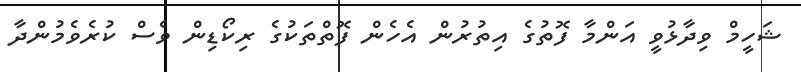
ޝަހީމް ވިދާޅުވީ އަންމާ ފޮތުގެ އިތުރުން އެހެން ފޮތްތަކުގެ ރިކޯޑިން ވެސް ކުރެވެމުންދާ